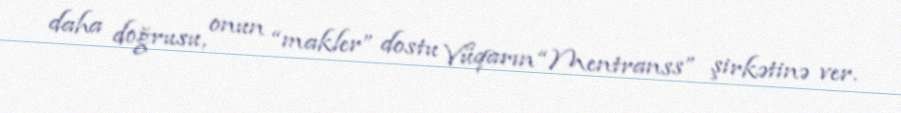
daha doğrusu, onun “makler” dostu Vüqarın “Mentranss” şirkətinə ver.